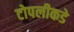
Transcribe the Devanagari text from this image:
टोपलीकडे